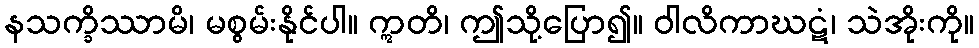
နသက္ခိဿာမိ၊ မစွမ်းနိုင်ပါ။ ဣတိ၊ ဤသို့ပြော၍။ ဝါလိကာဃဋံ၊ သဲအိုးကို။